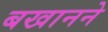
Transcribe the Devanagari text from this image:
बखानने